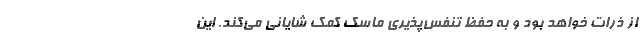
از ذرات خواهد بود و به حفظ تنفس‌پذیری ماسک کمک شایانی می‌کند. این